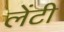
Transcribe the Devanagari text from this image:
लेंटी